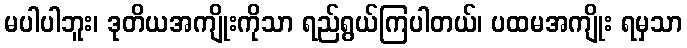
မပါပါဘူး၊ ဒုတိယအကျိုးကိုသာ ရည်ရွယ်ကြပါတယ်၊ ပထမအကျိုး ရမှသာ